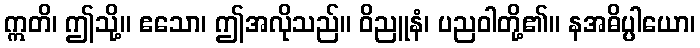
ဣတိ၊ ဤသို့။ ဧသော၊ ဤအလိုသည်။ ဝိညူနံ၊ ပညဝါတို့၏။ နအဓိပ္ပါယော၊